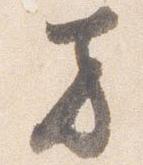
方